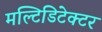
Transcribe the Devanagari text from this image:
मल्टिडिटेक्टर